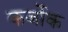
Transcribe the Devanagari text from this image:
कर्जोक